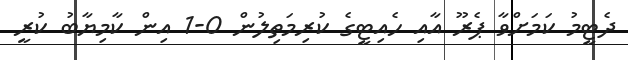
ދެޓީމު ކަމަށްވާ ޕެރޫ އާއި ހެއިޓީގެ ކުރިމަތިލުން 0-1 އިން ކާމިޔާބު ކުރީ